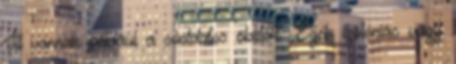
Itt vannak például a sóoldatos öblítők. Ezek izotóniás vagy